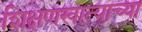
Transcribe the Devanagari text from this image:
शिक्षणखात्याच्या